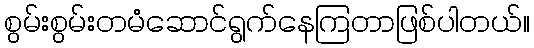
စွမ်းစွမ်းတမံဆောင်ရွက်နေကြတာဖြစ်ပါတယ်။